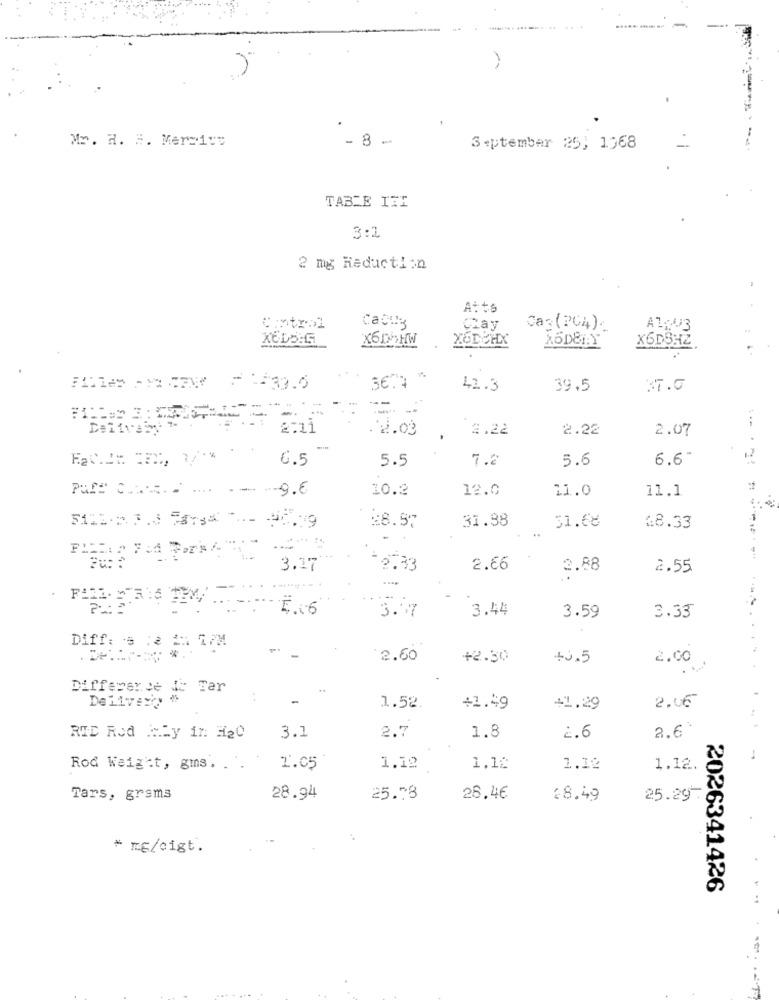
Mr. H. H. Merciut
- 8 -
September 25, 1968
TABLE ITE
3:2
2 mg Reduction
AttS
Central
Cabuy
Clay
A1203
401
XODEHX
41.3
39.5
ST.G
2:11
.2.03
2.22
2.22
2.07
6.5
5.5
7.2
5.6
6.6-
10.2
12.0
11.0
11.1
Pare C ...... . .... - -- -- 9.6
28.97
31.88
51.68
5102.2 8.3 Fars# 7- 20.19
18.33
3.37
2.66
2.88
2.55
5.06
3.17
3.44
3.59
3.33
Diff: # 22 5 MM
2.60
+2.30
+0.5
2.00
Difference de Tar
. .
-
1.52
+1.49
41.29
2.06
2.6
RID Rod MLy in H20
3.1
2.7
1.8
2.6
Rod Weig :t, gms. . .
1.05
1.12
1.18
1.12
1.12.
Tars, grams
28.94
25.78
28.46
28.49
25.29
* mg/cigt.
2026341426